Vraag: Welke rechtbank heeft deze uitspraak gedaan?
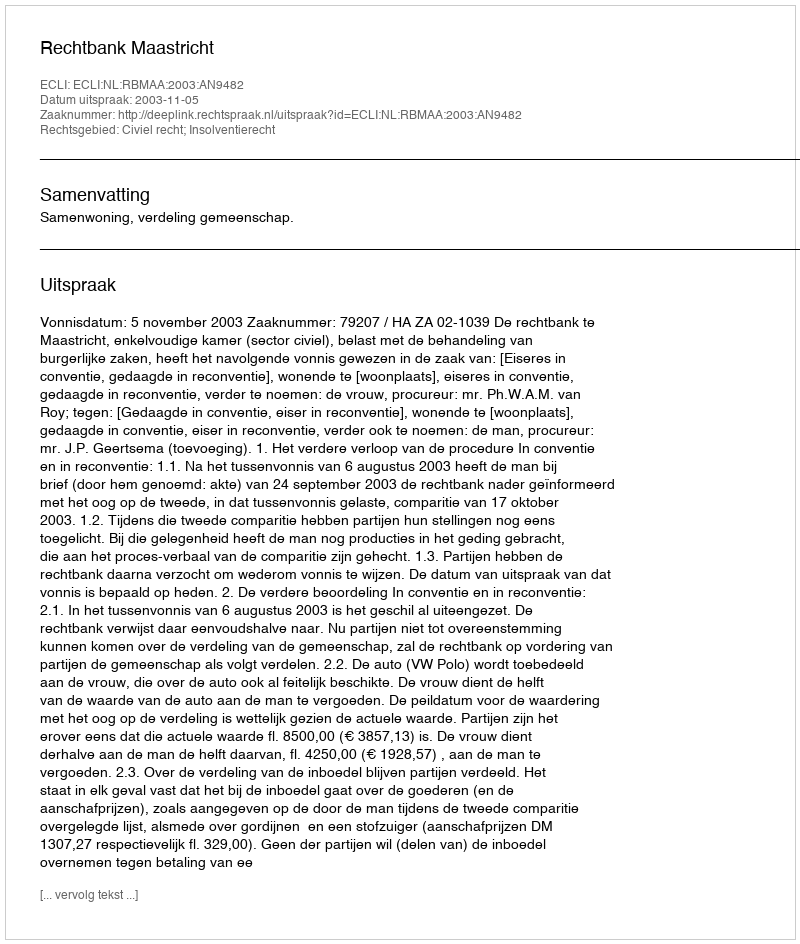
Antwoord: Rechtbank Maastricht